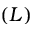
( L )